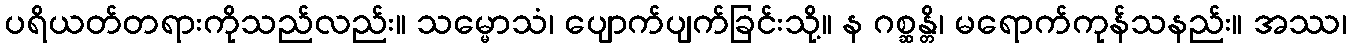
ပရိယတ်တရားကိုသည်လည်း။ သမ္မောသံ၊ ပျောက်ပျက်ခြင်းသို့။ န ဂစ္ဆန္တိ၊ မရောက်ကုန်သနည်း။ အဿ၊